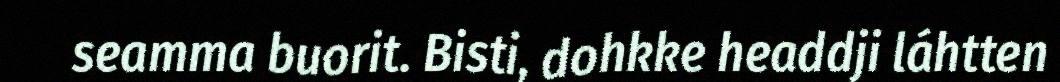
seamma buorit. Bisti, dohkke headdji láhtten